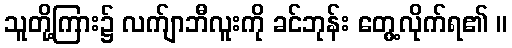
သူတို့ကြား၌ လက်ျာဘီလူးကို ခင်ဘုန်း တွေ့လိုက်ရ၏ ။